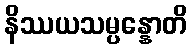
နိဿယသမ္ပန္နောတိ